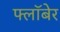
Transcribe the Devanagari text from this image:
फ्लॉबेर